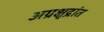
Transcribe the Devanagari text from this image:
अग्रक्षुद्रांत